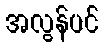
အလွန်ပင်